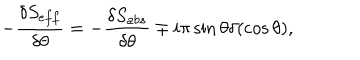
- \frac { \delta S _ { e f f } } { \delta \theta } = - \frac { \delta S _ { a b s } } { \delta \theta } \mp i \pi \sin \theta \delta ( \cos \theta ) ,